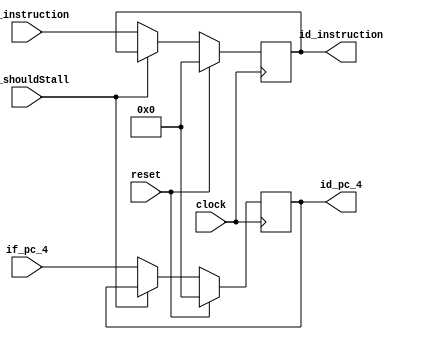
// This program was cloned from: https://github.com/zhanghai/archexp
// License: GNU General Public License v3.0

`timescale 1ns / 1ps

module IfIdRegisters (

		input clock,
		input reset,

		input id_shouldStall,

		input [31:0] if_pc_4,

		input [31:0] if_instruction,

		output reg [31:0] id_pc_4 = 0,

		output reg [31:0] id_instruction = 0
	);

	always @(posedge clock) begin

		if (reset) begin

			id_pc_4 <= 0;

			id_instruction <= 0;

		end else if (id_shouldStall) begin

			id_pc_4 <= id_pc_4;

			id_instruction <= id_instruction;

		end else begin

			id_pc_4 <= if_pc_4;

			id_instruction <= if_instruction;
		end
	end
endmodule